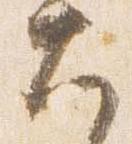
大